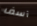
آسف